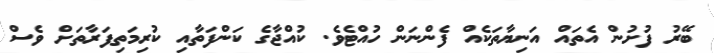
ބޭރު ފުށުން އެތައް އަނިޔާތަކެއް ފެންނަން ހުއްޓެވެ. ކުއްޖާގެ ކަންފަތާއި ކުރިމަތިފަރާތަށް ވެސް